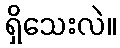
ရှိသေးလဲ။